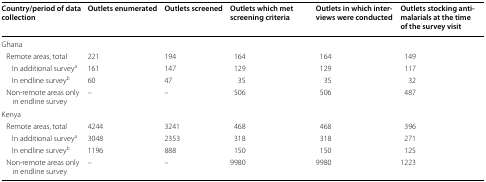
<table><thead><tr><td><b>Country/period of data collection</b></td><td><b>Outlets enumerated</b></td><td><b>Outlets screened</b></td><td><b>Outlets which met screening criteria</b></td><td><b>Outlets in which inter-views were conducted</b></td><td><b>Outlets stocking antimalarials at the time of the survey visit</b></td></tr></thead><tbody><tr><td colspan="6">Ghana</td></tr><tr><td> Remote areas, total</td><td>221</td><td>194</td><td>164</td><td>164</td><td>149</td></tr><tr><td>In additional survey<sup>a</sup></td><td>161</td><td>147</td><td>129</td><td>129</td><td>117</td></tr><tr><td>In endline survey<sup>b</sup></td><td>60</td><td>47</td><td>35</td><td>35</td><td>32</td></tr><tr><td> Non-remote areas only in endline survey</td><td>–</td><td>–</td><td>506</td><td>506</td><td>487</td></tr><tr><td colspan="6">Kenya</td></tr><tr><td> Remote areas, total</td><td>4244</td><td>3241</td><td>468</td><td>468</td><td>396</td></tr><tr><td>In additional survey<sup>a</sup></td><td>3048</td><td>2353</td><td>318</td><td>318</td><td>271</td></tr><tr><td>In endline survey<sup>b</sup></td><td>1196</td><td>888</td><td>150</td><td>150</td><td>125</td></tr><tr><td> Non-remote areas only in endline survey</td><td>–</td><td>–</td><td>9980</td><td>9980</td><td>1223</td></tr></tbody></table>